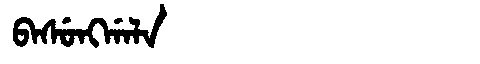
Manchu: ᠪᠠᠰᡠᠩᡤᠠᠯᠠ
Romanization: BASUNGGALA